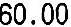
60.00